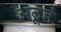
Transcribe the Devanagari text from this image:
अठूडं